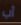
أب